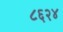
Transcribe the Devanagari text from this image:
८६२४